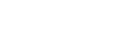
မောင်တောသို့